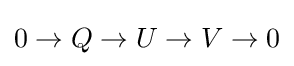
0\to Q\to U\to V\to 0